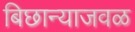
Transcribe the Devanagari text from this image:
बिछान्याजवळ